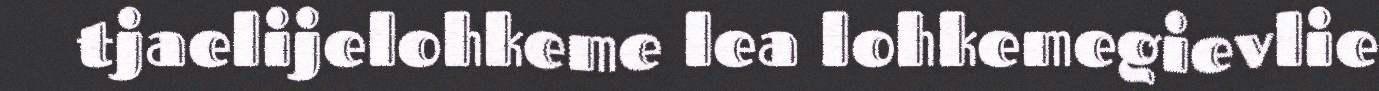
tjaelijelohkeme lea lohkemegievlie